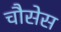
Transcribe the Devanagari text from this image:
चौसेस